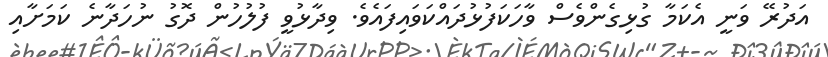
އަދުރޭ ވަނީ އެކަމާ ގުޅިގެންވެސް ވާހަކަފުޅުދައްކަވައިފައެވެ. ވިދާޅުވީ ފުލުހުން ދޮގު ނުހަދާނެ ކަމަށާއި